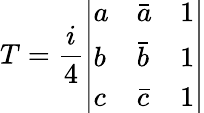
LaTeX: T={\frac{i}{4}}{\left|\begin{array}{lll}{a}&{{\bar{a}}}&{1}\\ {b}&{{\bar{b}}}&{1}\\ {c}&{{\bar{c}}}&{1}\end{array}\right|}